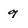
Character: g